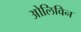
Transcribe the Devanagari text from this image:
ओलिविन